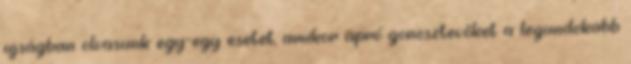
ujságban olvasunk egy-egy esetet, amikor apró gonosztevőket a legundokabb